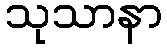
သုသာနာ